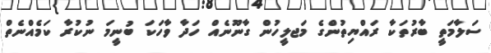
ސަލާމަތީ ބާރުތަކާ ރައްޔިތުންގެ މަޖލީހުން ގާނޫނެއް ހަދާ ވާހަކަ ބުނީމަ ނުކުރާ ކަމެއްނެތް